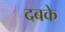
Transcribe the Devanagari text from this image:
दबके